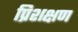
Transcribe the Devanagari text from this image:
प्रिशक्षण